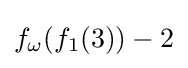
f_{\omega }(f_{1}(3))-2